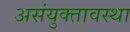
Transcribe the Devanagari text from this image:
असंयुक्तावस्था